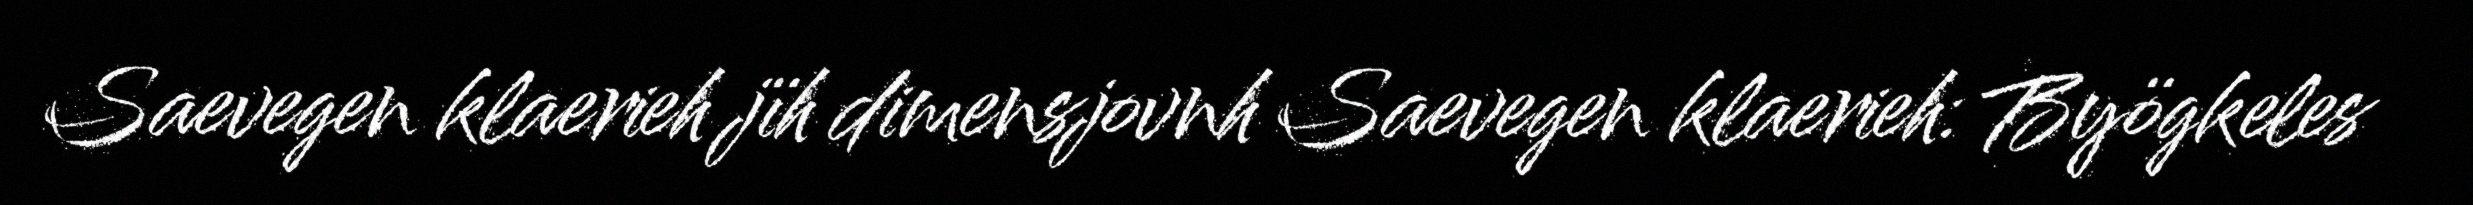
Saevegen klaerieh jïh dimensjovnh Saevegen klaerieh: Byögkeles